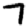
Digit: 7